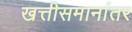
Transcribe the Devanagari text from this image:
खत्तीसमानांतर